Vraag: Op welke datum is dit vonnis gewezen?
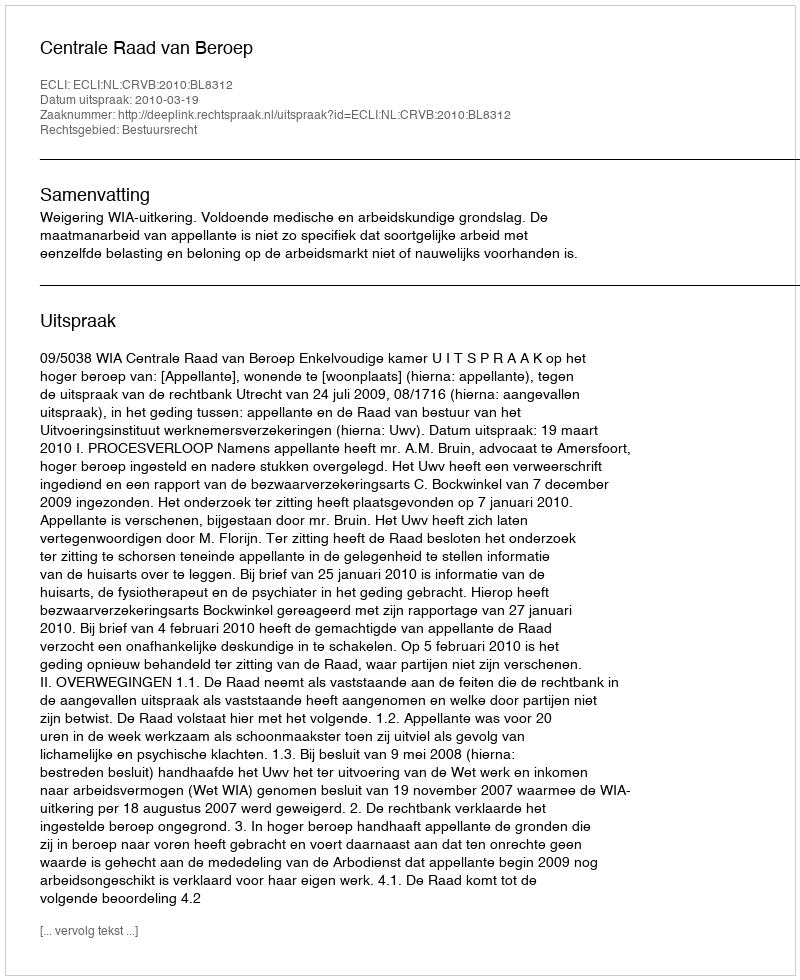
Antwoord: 2010-03-19